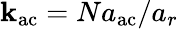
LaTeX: \mathbf{k}_{\mathrm{{ac}}}=Na_{\mathrm{{ac}}}/a_{r}